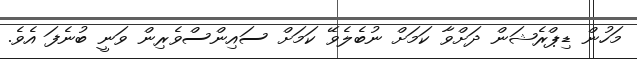
މަހުން ޑިޕްރެޝަން ދަށްވާ ކަމަށް ނުބެލެވޭ ކަމަށް ސައިންސްވެރިން ވަނީ ބުނެފަ އެވެ.